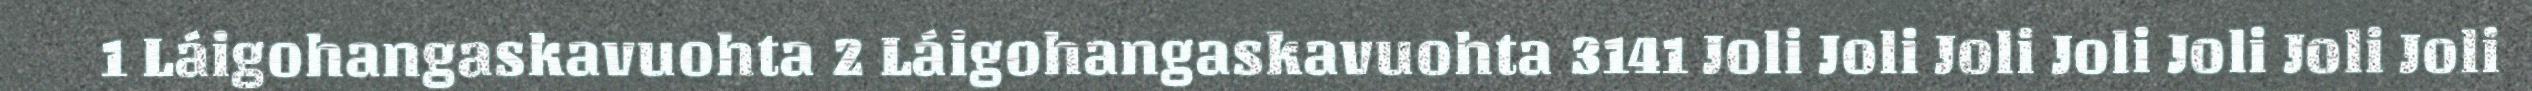
1 Láigohangaskavuohta 2 Láigohangaskavuohta 3141 Joli Joli Joli Joli Joli Joli Joli